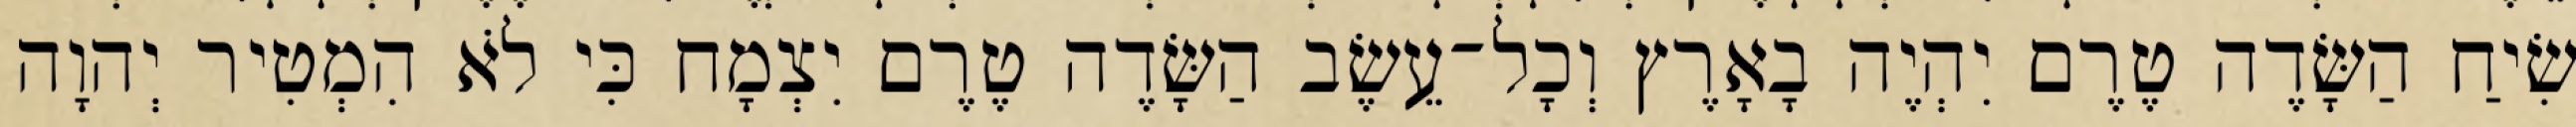
שִׂיחַ הַשָּׂדֶה טֶרֶם יִהְיֶה בָאָרֶץ וְכָל־עֵשֶׂב הַשָּׂדֶה טֶרֶם יִצְמָח כִּי לֹא הִמְטִיר יְהוָה